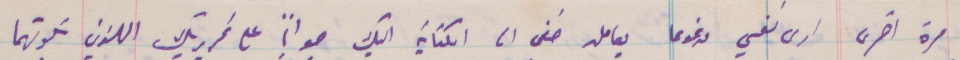
مرة أخرى أرى نفسي مرغومًا يعامله خفى الى الكتابة اليك جوابًا على تحريريك اللذين تلوتهما